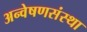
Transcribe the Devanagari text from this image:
अन्वेषणसंस्था